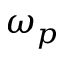
\omega _ { p }